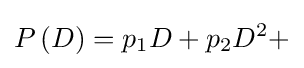
P\left(D\right)=p_{1}D+p_{2}{D^{2}}+